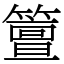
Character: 䉡